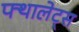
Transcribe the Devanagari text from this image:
फ्थालेट्स